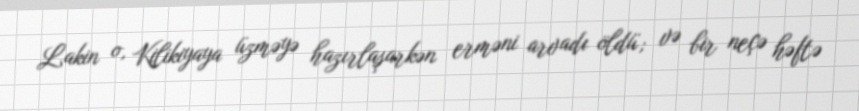
Lakin o, Kilikiyaya üzməyə hazırlaşarkən erməni arvadı öldü; və bir neçə həftə